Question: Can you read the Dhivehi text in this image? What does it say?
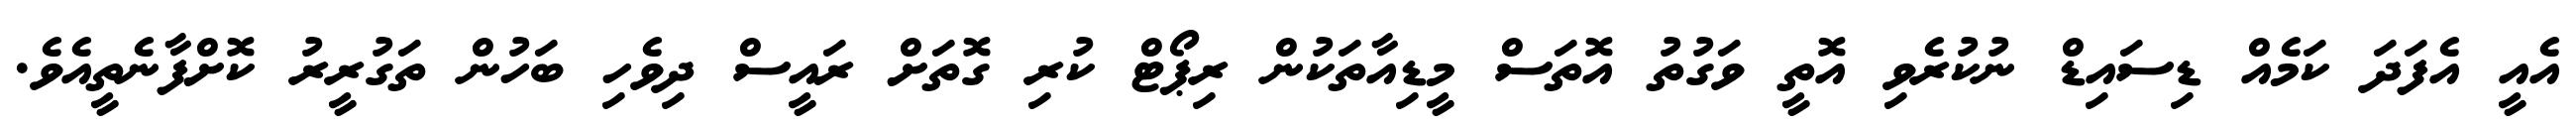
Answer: އެއީ އެފަދަ ކަމެއް ޑިސައިޑް ނުކުރެވި އޮތީ ވަގުތު އޮތަސް މީޑިއާތަކުން ރިޕޯޓް ކުރި ގޮތަށް ރައީސް ދިވެހި ބަހުން ތަގުރީރު ކޮށްފާނެތީއެވެ.